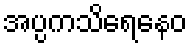
အပ္ပကသိရေနေဝ